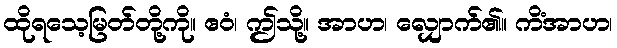
ထိုရသေ့မြတ်တို့ကို။ ဧဝံ၊ ဤသို့။ အာဟ၊ လျှောက်၏။ ကိံအာဟ၊